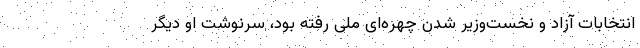
انتخابات آزاد و نخست‌وزیر شدن چهره‌ای ملی رفته بود، سرنوشت او دیگر